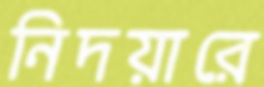
নিদয়ারে